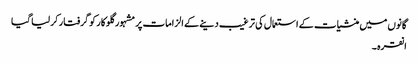
گانوں میں منشیات کے استعمال کی ترغیب دینے کے الزامات پر مشہور گلوکار کو گرفتار کر لیا گیا
انقرہ ۔